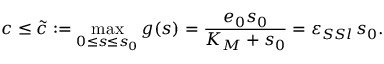
c \leq \widetilde c : = \operatorname* { m a x } _ { 0 \leq s \leq s _ { 0 } } g ( s ) = \frac { e _ { 0 } s _ { 0 } } { K _ { M } + s _ { 0 } } = \varepsilon _ { S S l } \, s _ { 0 } .